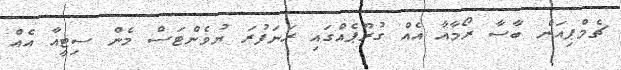
ޗެމްޕިއަން ބާސާ ރޯމާއާ އެއް ގުރޫޕެއްގައި ރަނަފުރަ ޔުވެންޓަސް މެން ސިޓީއާ އެއް